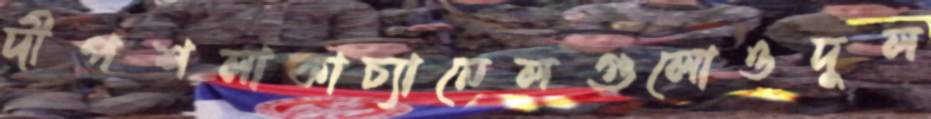
দীপশলাকাচ্যানেলগুলোওদুল